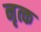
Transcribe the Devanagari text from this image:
नृत्क